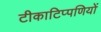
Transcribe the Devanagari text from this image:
टीकाटिप्पणियों